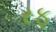
રફૂ